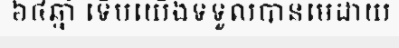
៦៤ឆ្នាំ ទើបយើងទទួលបានមេដាយ